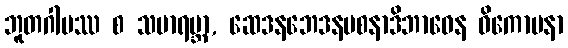
ဘူတဂါမဿ စ သမာရမ္ဘာ, ဆေဒနဘေဒနပစနာဒိဘာဝေန ဝိကောပနာ